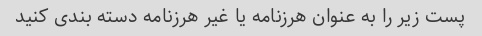
پست زیر را به عنوان هرزنامه یا غیر هرزنامه دسته بندی کنید